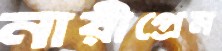
নারীপ্রেম